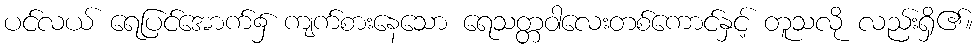
ပင်လယ် ရေပြင်အောက်၌ ကျက်စားနေသော ရေသတ္တဝါလေးတစ်ကောင်နှင့် တူသလို လည်းရှိ၏။